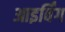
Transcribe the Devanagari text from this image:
आइर्विंग